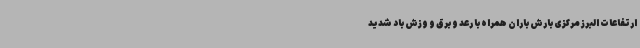
ارتفاعات البرز مرکزی بارش باران همراه با رعد و برق و وزش باد شدید